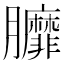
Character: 𦣆